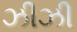
ઝીઝી